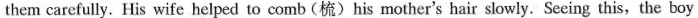
them carefully. His wife helped to comb (梳)his mother's hair slowly. Seeing this, the boy